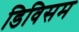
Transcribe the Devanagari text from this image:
डिविसम